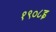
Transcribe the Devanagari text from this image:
१९०८इ